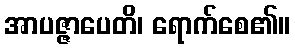
အာပဇ္ဇာပေတိ၊ ရောက်စေ၏။